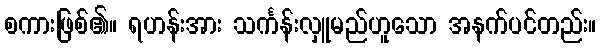
စကားဖြစ်၏။ ရဟန်းအား သင်္ကန်းလှူမည်ဟူသော အနက်ပင်တည်း။